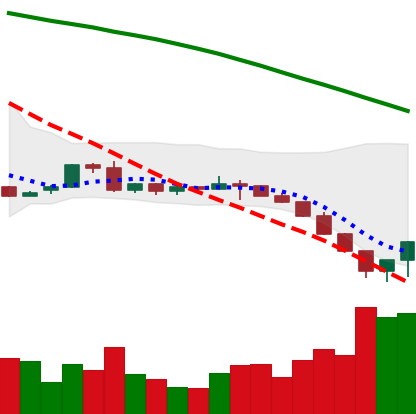
Ticker: LTC-USD
Chart end date: 2022-06-15
Forward return: 4.781%
Label: up_3_5